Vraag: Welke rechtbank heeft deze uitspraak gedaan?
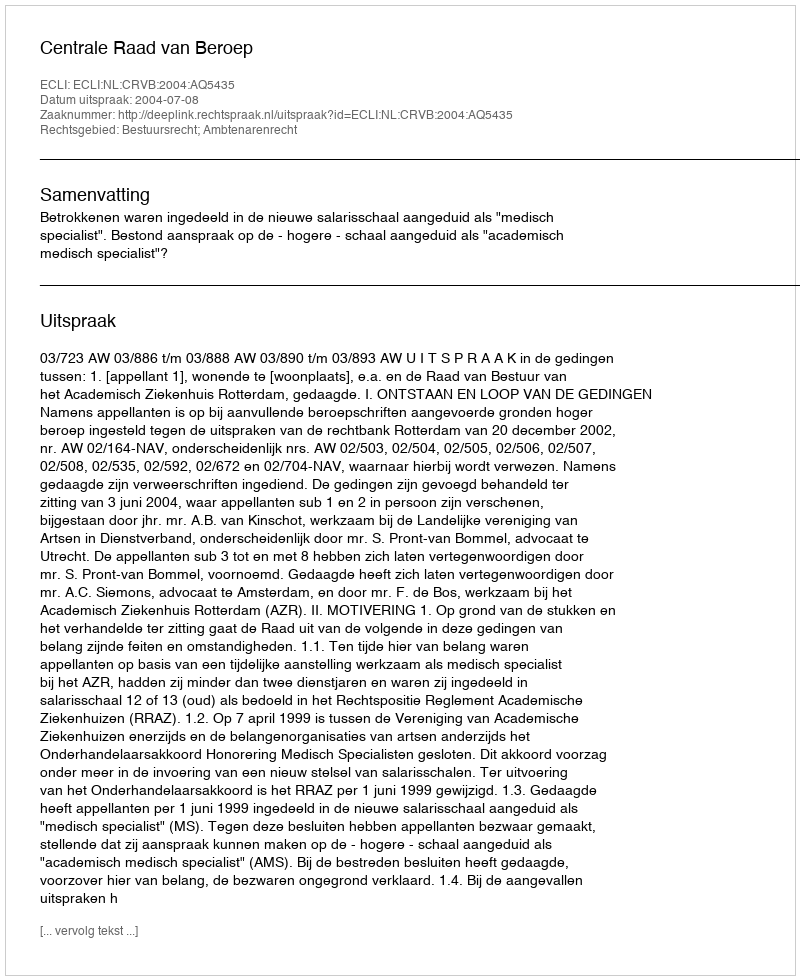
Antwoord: Centrale Raad van Beroep